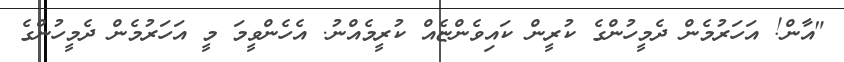
"އާން! އަހަރުމެން ދެމީހުންގެ ކުރީން ކައިވެންޏެއް ކުރީމެއްނު. އެހެންވީމަ މީ އަހަރުމެން ދެމީހުންގެ